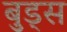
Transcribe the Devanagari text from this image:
बुड्स